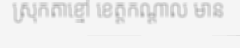
ស្រុកតាខ្មៅ ខេត្តកណ្តាល មាន